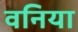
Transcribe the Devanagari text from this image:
वनिया